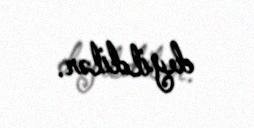
deyildilər.